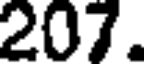
207.